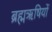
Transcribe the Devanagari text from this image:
ब्रह्मऋषियों